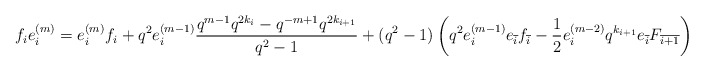
\begin{align*}f_ie_i^{(m)} = e_i^{(m)}f_i + q^2e_i^{(m-1)}\frac{q^{m-1}q^{2k_i}-q^{-m+1}q^{2k_{i+1}}}{q^2-1} + (q^2-1)\left(q^2e_i^{(m-1)}e_{\overline{i}}f_{\overline{i}} - \frac{1}{2}e_i^{(m-2)}q^{k_{i+1}}e_{\overline{i}}F_{\overline{i+1}} \right)\end{align*}